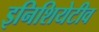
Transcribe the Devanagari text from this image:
इनिशियेटीव